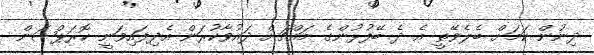
ދިނުން ކަމަށް ބެލެވޭތީ އެ ދެ ބޭފުޅުންގެ މައްޗަށް ދައުވާކުރަން އެދިފައިވަނީ ކޮރަޕްޝަން